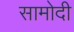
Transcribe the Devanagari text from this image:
सामोदी